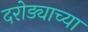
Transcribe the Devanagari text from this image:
दरोड्याच्या